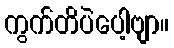
ကွက်တိပဲပေါ့ဗျာ။